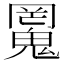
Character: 𱆜